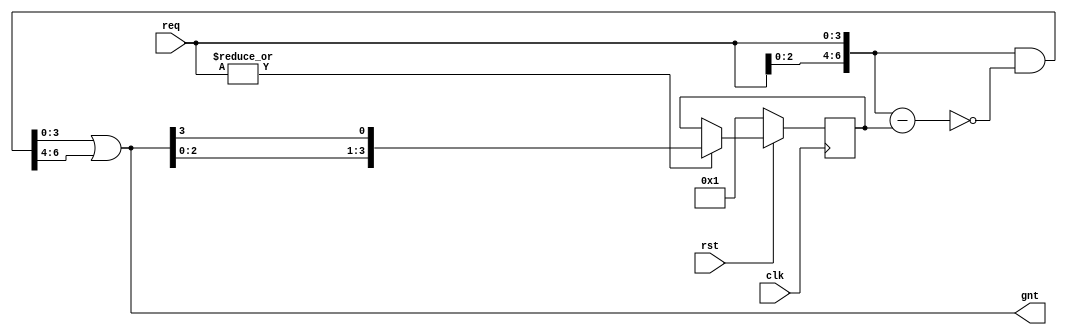

`timescale 1ns/1ps


module fixed_pri_arb(
			input clk,
			input rst,
			input [3:0] req,
			output [3:0] gnt
			);
			
	parameter NUM_REQ = 4;
	parameter N = NUM_REQ - 1'b1;
	reg [N:0] hist_q,hist_d; 
	wire [2*N:0] double_req; 
	wire [2*N:0] double_gnt;
	
	always@(posedge clk)begin
		if(!rst)begin
			hist_q <= 'b0 + 1'b1;
		end
		else if(|req)begin
			hist_q<= {gnt[N-1:0],gnt[N]};
		end
	end
	
	
	
	assign double_req = {req,req};
	assign double_gnt = double_req&~(double_req-hist_q);
	assign gnt = double_gnt[N:0] | double_gnt[2*N:N+1];
				
	
	
		
endmodule